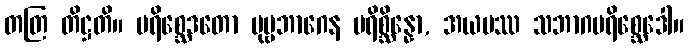
တတြ တိဋ္ဌတိ။ ပရိစ္ဆေဒတော ပုဗ္ဗဘာဂေန ပရိစ္ဆိန္နော, အယမဿ သဘာဂပရိစ္ဆေဒေါ။